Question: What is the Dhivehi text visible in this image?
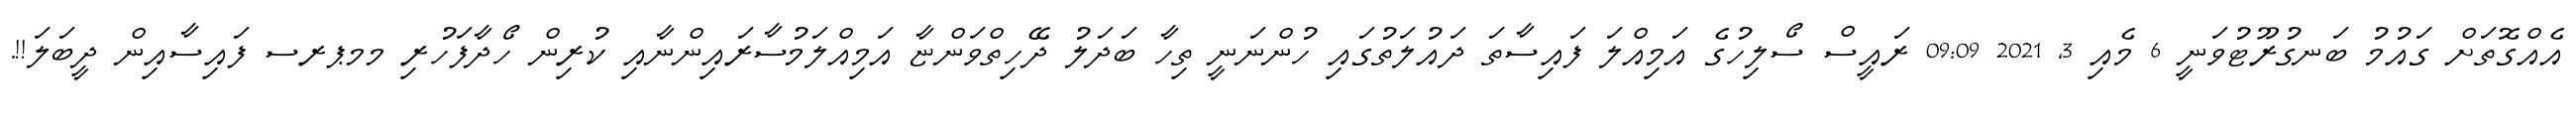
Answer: އެއްގޮތަށް ގައުމު ބަނގުރޫޓުވަނީ 6 މެއި 3, 2021 09:09 ރައީސް ސޯލިހުގެ އަމިއްލަ ފައިސާތަ ދައުލަތުގައި ހުންނަނީ ތިހާ ބަދަލު ދޭހިތްވަންޏާ އަމިއްލަމުސާރައިންނާއި ކުރިން ހޯދާފަހުރި މމޕރސ ފައިސާއިން ދީބަލަ!!.